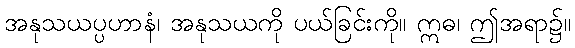
အနုသယပ္ပဟာနံ၊ အနုသယကို ပယ်ခြင်းကို။ ဣဓ၊ ဤအရာ၌။